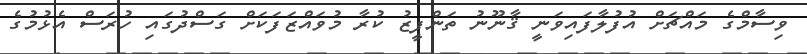
ވިސާމްގެ މައްޗަށް އުފުލާފައިވަނީ ޤާނޫނު ތަންފީޒު ކުރާ މުވައްޒަފަކަށް ގަސްދުގައި ހުރަސް އެޅުމުގެ